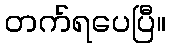
တက်ရပေပြီ။